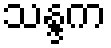
သန္ဒက